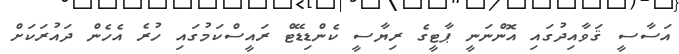
އަސާސީ ޤަވާއިދުގައި އޮންނަނީ ޕާޓީގެ ރިޔާސީ ކެންޑިޑޭޓް ރައީސްކަމުގައި ހުރެ އެހެން ދައުރަކަށް